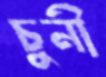
চুনী